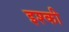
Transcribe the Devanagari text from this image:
इश्की